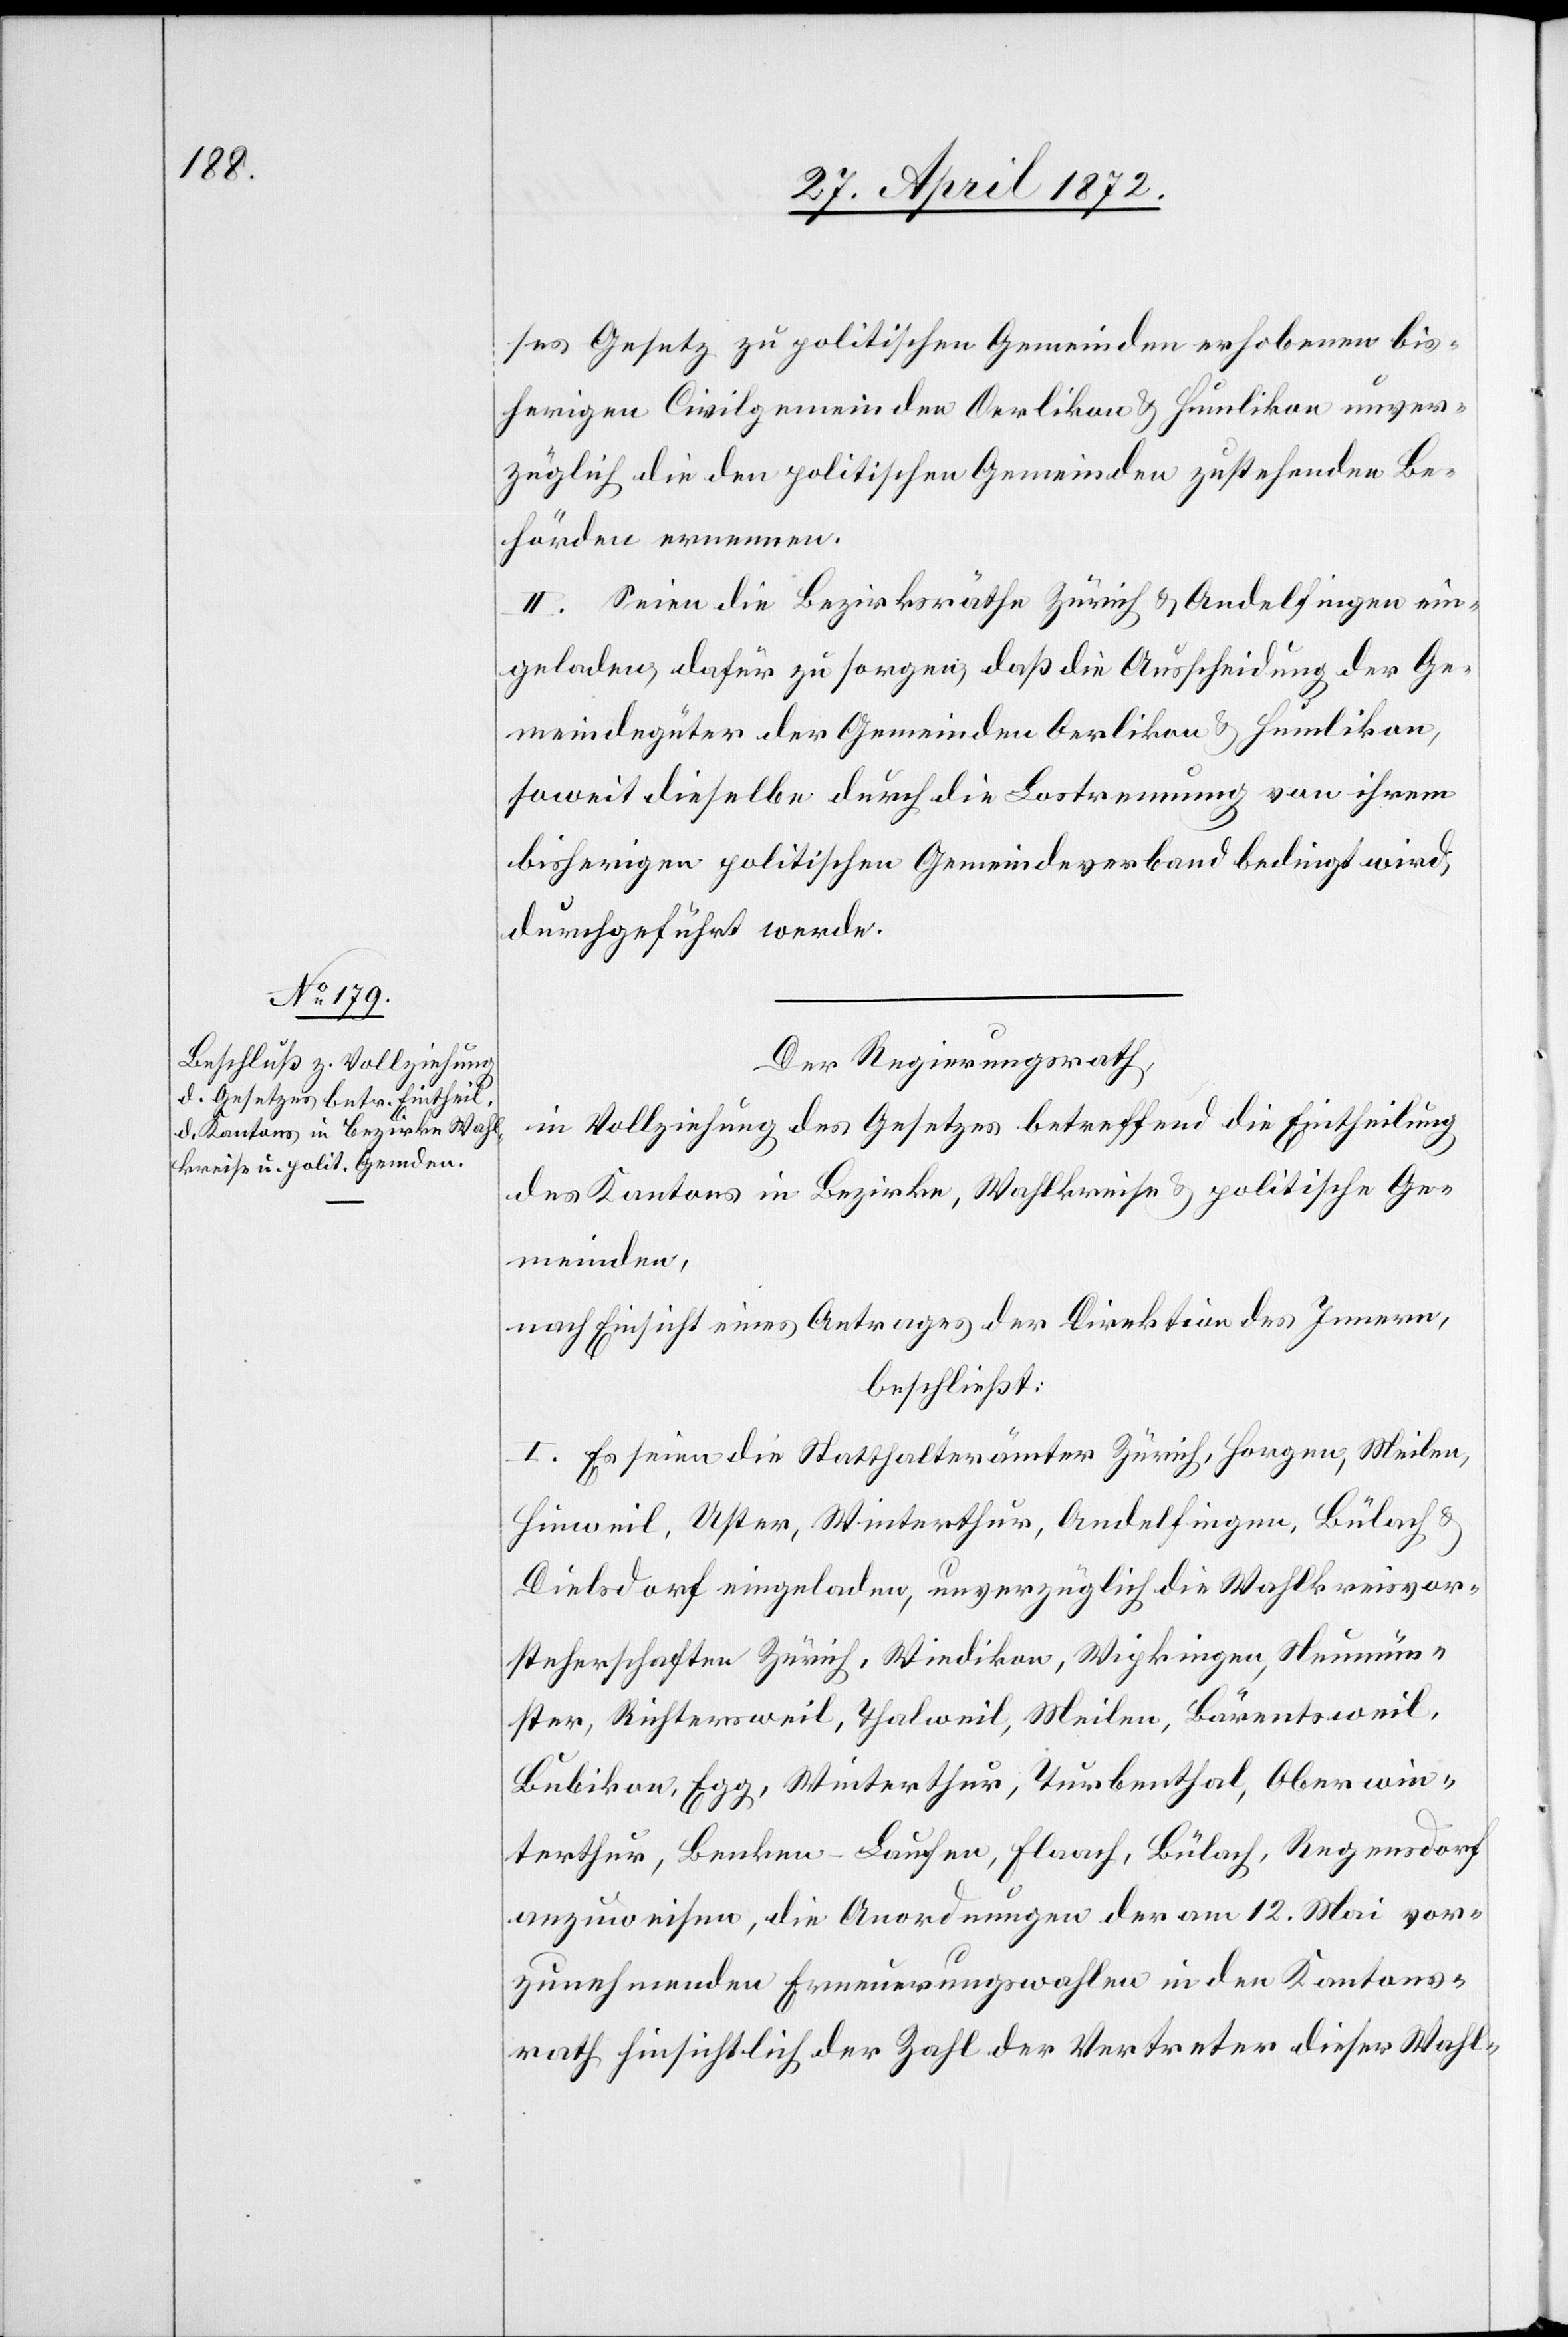
ses Gesetz zu politischen Gemeinden erhobenen bis¬
herigen Civilgemeinden Oerlikon u. Humlikon unver¬
züglich die den politischen Gemeinden zustehenden Be¬
hörden ernennen.
II. Seien die Bezirksräthe Zürich u. Andelfingen ein¬
geladen, dafür zu sorgen, daß die Ausscheidung der Ge¬
meindegüter der Gemeinden Oerlikon u. Humlikon,
soweit dieselbe durch die Lostrennung von ihrem
bisherigen politischen Gemeindeverband bedingt wird,
durchgeführt werde.
Der Regierungsrath,
in Vollziehung des Gesetzes betreffend die Eintheilung
des Kantons in Bezirke, Wahlkreise u. politische Ge¬
meinden,
nach Einsicht eines Antrages der Direktion des Innern,
beschließt:
I. Es seien die Statthalterämter Zürich, Horgen, Meilen,
Hinweil, Uster, Winterthur, Andelfingen, Bülach u.
Dielsdorf eingeladen, unverzüglich die Wahlkreisvor¬
steherschaften Zürich, Wiedikon, Wipkingen, Neumün¬
ster, Richtersweil, Thalweil, Meilen, Bärentsweil,
Bubikon, Egg, Winterthur, Turbenthal, Oberwin¬
terthur, Benken-Laufen, Flaach, Bülach, Regensdorf
anzuweisen, die Anordnungen der am 12. Mai vor¬
zunehmenden Erneuerungswahlen in den Kantons¬
rath hinsichtlich der Zahl der Vertreter dieser Wahl-